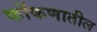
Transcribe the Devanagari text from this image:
कोंकणातील